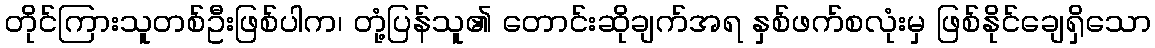
တိုင်ကြားသူတစ်ဦးဖြစ်ပါက၊ တုံ့ပြန်သူ၏ တောင်းဆိုချက်အရ နှစ်ဖက်စလုံးမှ ဖြစ်နိုင်ချေရှိသော